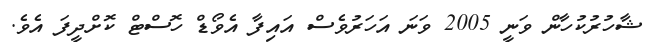
ޝާހުރުކުހާން ވަނީ 2005 ވަނަ އަހަރުވެސް އައިފާ އެވޯޑް ހޮސްޓް ކޮށްދީފަ އެވެ.